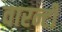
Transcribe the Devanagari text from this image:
वारन्टी